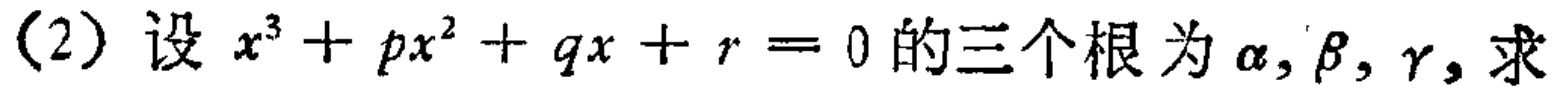
（2）设 \(x^{3}+px^{2}+qx + r = 0\) 的三个根为 \(\alpha,\beta,\gamma\)，求